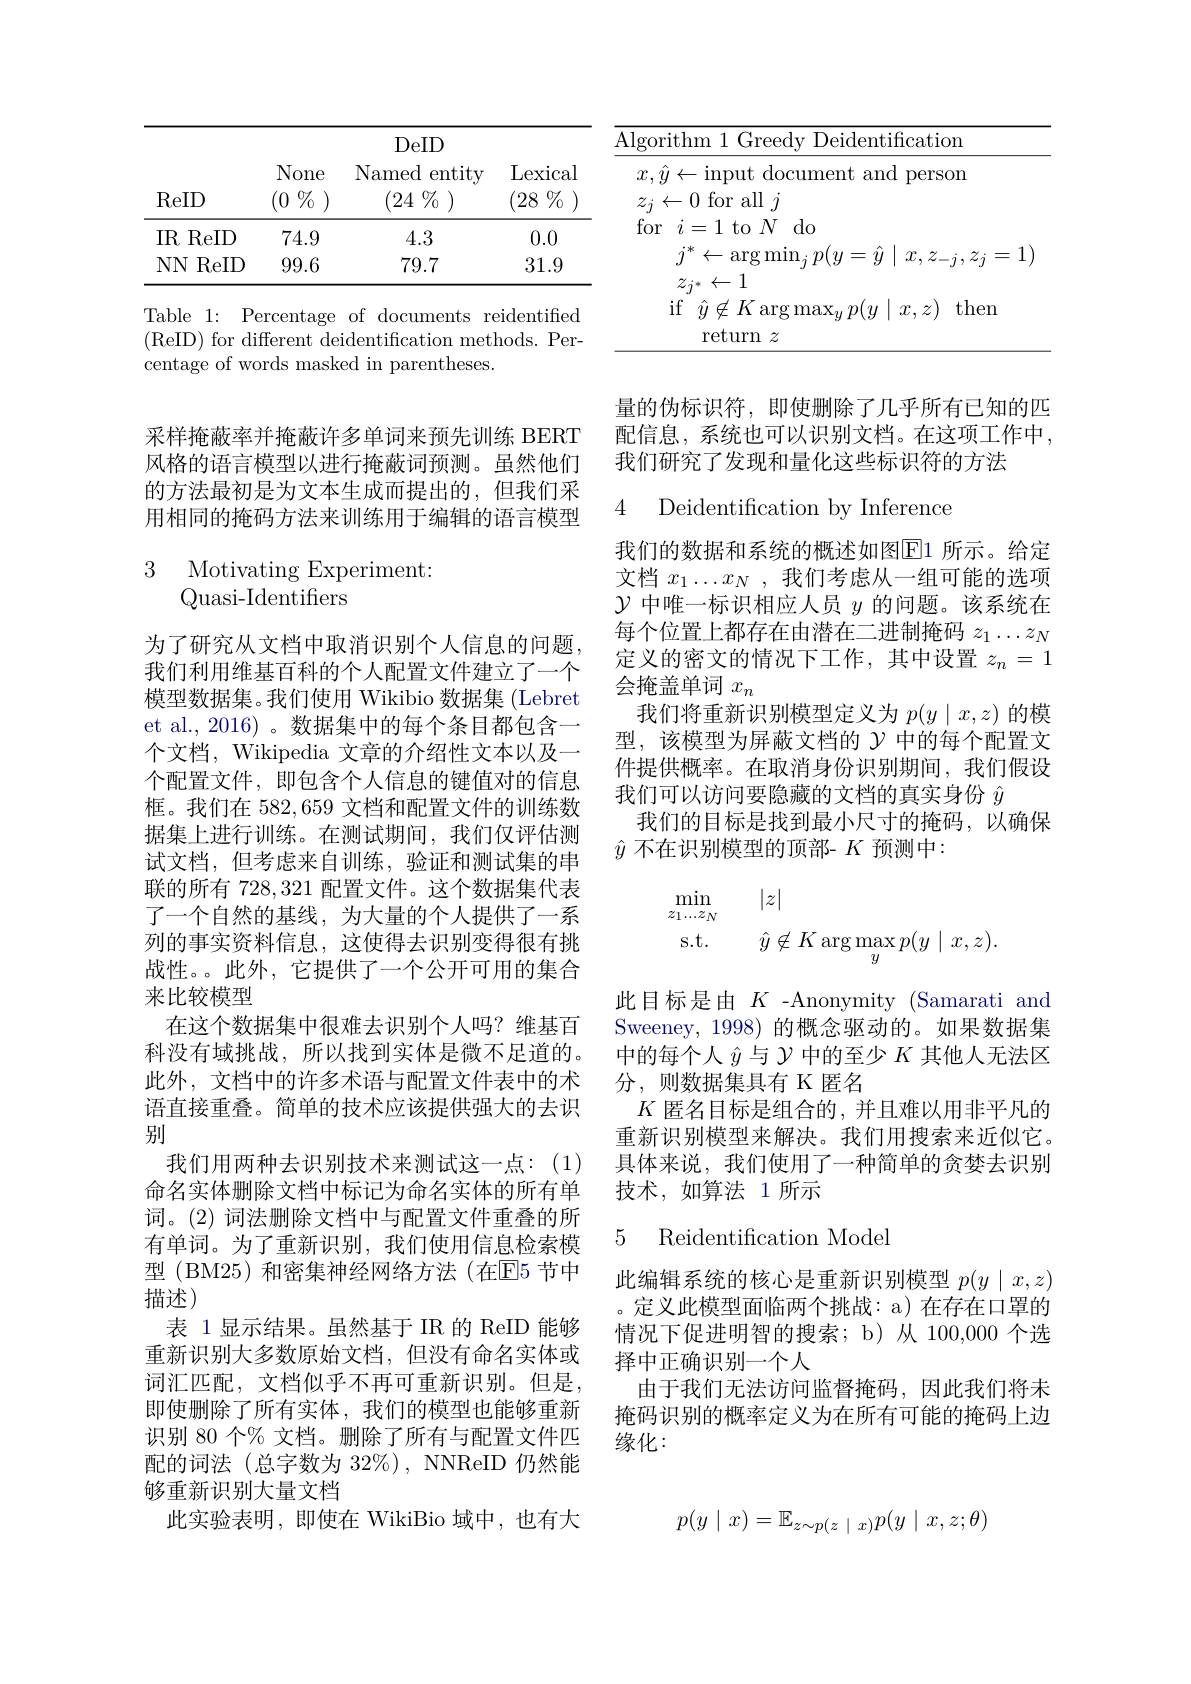
<table>
	<tbody>
		<tr>
			<td> </td>
			<td> </td>
			<td>DeID</td>
			<td> </td>
		</tr>
		<tr>
			<td>IR ReID 1 1</td>
			<td>74.9</td>
			<td>4.3</td>
			<td>0.0</td>
		</tr>
		<tr>
			<td>$NN$ ReID</td>
			<td>99.6</td>
			<td>79.7</td>
			<td>31.9</td>
		</tr>
	</tbody>
</table>

Table 1: Percentage of documents reidentiffed ( ReID) for different deidentification methods. Per- centage of words masked in parentheses.

采样掩蔽率并掩蔽许多单词来预先训练 BERT 风格的语言模型以进行掩蔽词预测。虽然他们的方法最初是为文本生成而提出的，但我们采用相同的掩码方法来训练用于编辑的语言模型

3 Motivating Experiment:
## Quasi-Identifiers

为了研究从文档中取消识别个人信息的问题我们利用维基百科的个人配置文件建立了一个模型数据集。我们使用 Wikibio 数据集 (Lebret et al.,2016)。数据集中的每个条目都包含一个文档，Wikipedia 文章的介绍性文本以及一个配置文件，即包含个人信息的键值对的信息框。我们在 582,659 文档和配置文件的训练数据集上进行训练。在测试期间，我们仅评估测试文档，但考虑来自训练，验证和测试集的串联的所有 728,321 配置文件。这个数据集代表了一个自然的基线，为大量的个人提供了一系列的事实资料信息，这使得去识别变得很有挑战性。此外，它提供了一个公开可用的集合来比较模型
在这个数据集中很难去识别个人吗？维基百科没有域挑战，所以找到实体是微不足道的。此外，文档中的许多术语与配置文件表中的术语直接重叠。简单的技术应该提供强大的去识别
我们用两种去识别技术来测试这一点：(1) 命名实体删除文档中标记为命名实体的所有单词。(2) 词法删除文档中与配置文件重叠的所有单词。为了重新识别，我们使用信息检索模型 (BM25) 和密集神经网络方法 (在$\mathbb{E}$5 节中描述)
表 1显示结果。虽然基于 IR 的 ReID 能够重新识别大多数原始文档，但没有命名实体或词汇匹配，文档似乎不再可重新识别。但是， 即使删除了所有实体，我们的模型也能够重新识别 80 个% 文档。删除了所有与配置文件匹配的词法(总字数为 32%), NNReID 仍然能够重新识别大量文档
此实验表明，即使在 WikiBio 域中，也有大

<table>
	<tbody>
		<tr>
			<th>Algorithm 1 Greedy Deid</th>
			<th>$\underline{{\mathrm{Algo}}}$</th>
			<th>Greedy Deidentification</th>
		</tr>
		<tr>
			<td>$x,\ddot{y}\leftarrow$ $\operatorname{input}$ document ·</td>
			<td>$x$ 1</td>
			<td>${\mathrm{out~document~and~person}}$</td>
		</tr>
		<tr>
			<td>$z_{j}\leftarrow0$ for all $j$ for $\cdot$ $i= 1$ to$N$ do</td>
			<td>$z_j$ fol</td>
			<td>$\because$all$j$ to $N$do</td>
		</tr>
		<tr>
			<td>if $\hat{y}\not\in K\operatorname{arg}\operatorname*{max}_{y}p$ return $z$</td>
			<td> </td>
			<td>$K\operatorname{arg}\operatorname*{max}_{y}p(y\mid x,z)$ then urn $z$</td>
		</tr>
	</tbody>
</table>

量的伪标识符，即使删除了几乎所有已知的匹配信息，系统也可以识别文档。在这项工作中， 我们研究了发现和量化这些标识符的方法

4 Deidentification by Inference

我们的数据和系统的概述如图$\boxed{\mathrm{F}}1$ 所示。给定文档$x_1\ldots x_N$,我们考虑从一组可能的选项$\mathcal{Y}$中唯一标识相应人员$y$的问题。该系统在每个位置上都存在由潜在二进制掩码$z_1\ldots z_N$ 定义的密文的情况下工作，其中设置$z_n=1$ 会掩盖单词$x_n$
我们将重新识别模型定义为$p(y\mid x,z)$的模型，该模型为屏蔽文档的$\mathcal{Y}$中的每个配置文件提供概率。在取消身份识别期间，我们假设我们可以访问要隐藏的文档的真实身份$\hat{y}$
我们的目标是找到最小尺寸的掩码，以确保
$\hat{y}$不在识别模型的顶部- $K$预测中：
$$\begin{aligned}\min_{z_1\dots z_N}&\quad|z|\\\mathrm{s.t.}&\quad\hat{y}\not\in K\arg\max_yp(y\mid x,z).\end{aligned}$$
此目标是由$K$ -Anonymity (Samarati and Sweeney, 1998) 的概念驱动的。如果数据集中的每个人$\hat{y}$与$\mathcal{Y}$中的至少$K$其他人无法区分，则数据集具有 K 匿名
$K$匿名目标是组合的，并且难以用非平凡的重新识别模型来解决。我们用搜索来近似它。具体来说，我们使用了一种简单的贪婪去识别技术，如算法 1 所示

### 5 Reidentification Model

此编辑系统的核心是重新识别模型$p(y\mid x,z)$ 。定义此模型面临两个挑战：a) 在存在口罩的情况下促进明智的搜索；b)从 100,000 个选择中正确识别一个人
由于我们无法访问监督掩码，因此我们将未掩码识别的概率定义为在所有可能的掩码上边缘化：
$$p(y\mid x)=\mathbb{E}_{z\sim p(z\mid x)}p(y\mid x,z;\theta)$$